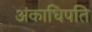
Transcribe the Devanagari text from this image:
अंकाधिपति